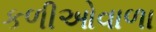
કળીઓવાળા